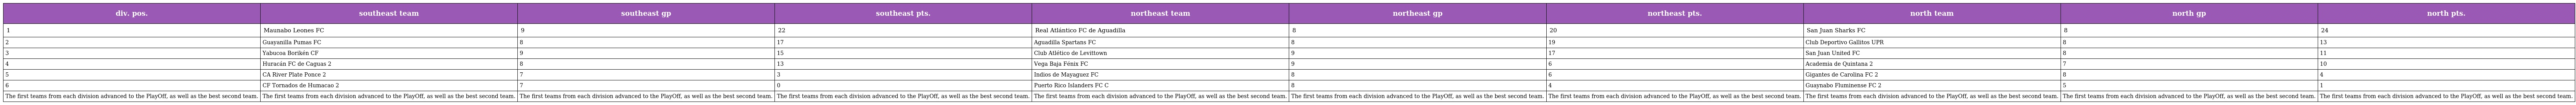
| div. pos. | southeast team | southeast gp | southeast pts. | northeast team | northeast gp | northeast pts. | north team | north gp | north pts. |
 | --- | --- | --- | --- | --- | --- | --- | --- | --- | --- |
 | 1 | Maunabo Leones FC | 9 | 22 | Real Atlántico FC de Aguadilla | 8 | 20 | San Juan Sharks FC | 8 | 24 |
 | 2 | Guayanilla Pumas FC | 8 | 17 | Aguadilla Spartans FC | 8 | 19 | Club Deportivo Gallitos UPR | 8 | 13 |
 | 3 | Yabucoa Borikén CF | 9 | 15 | Club Atlético de Levittown | 9 | 17 | San Juan United FC | 8 | 11 |
 | 4 | Huracán FC de Caguas 2 | 8 | 13 | Vega Baja Fénix FC | 9 | 6 | Academia de Quintana 2 | 7 | 10 |
 | 5 | CA River Plate Ponce 2 | 7 | 3 | Indios de Mayaguez FC | 8 | 6 | Gigantes de Carolina FC 2 | 8 | 4 |
 | 6 | CF Tornados de Humacao 2 | 7 | 0 | Puerto Rico Islanders FC C | 8 | 4 | Guaynabo Fluminense FC 2 | 5 | 1 |
 | The first teams from each division advanced to the PlayOff, as well as the best second team. | The first teams from each division advanced to the PlayOff, as well as the best second team. | The first teams from each division advanced to the PlayOff, as well as the best second team. | The first teams from each division advanced to the PlayOff, as well as the best second team. | The first teams from each division advanced to the PlayOff, as well as the best second team. | The first teams from each division advanced to the PlayOff, as well as the best second team. | The first teams from each division advanced to the PlayOff, as well as the best second team. | The first teams from each division advanced to the PlayOff, as well as the best second team. | The first teams from each division advanced to the PlayOff, as well as the best second team. | The first teams from each division advanced to the PlayOff, as well as the best second team. |